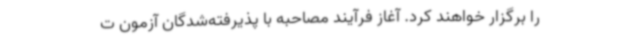
را برگزار خواهند کرد. آغاز فرآیند مصاحبه با پذیرفته‌شدگان آزمون ت